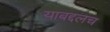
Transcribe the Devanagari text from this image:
याबद्दलच